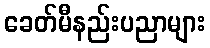
ခေတ်မီနည်းပညာများ